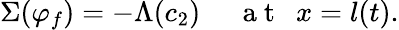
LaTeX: \Sigma(\varphi_{f})=-\Lambda(c_{2})~~~~~\mathrm{~a~t~}~~x=l(t).